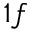
1 f